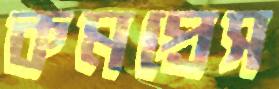
কমপ্রেস